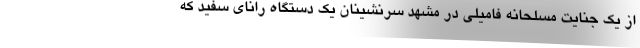
از یک جنایت مسلحانه فامیلی در مشهد سرنشینان یک دستگاه رانای سفید که